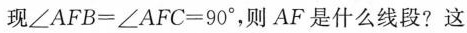
现$$∠ A F B = ∠ A F C = 9 0 °$$，则AF是什么线段?这